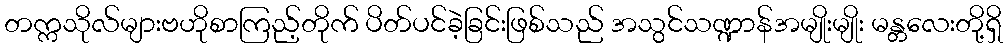
တက္ကသိုလ်များဗဟိုစာကြည့်တိုက် ပိတ်ပင်ခဲ့ခြင်းဖြစ်သည် အသွင်သဏ္ဍာန်အမျိုးမျိုး မန္တလေးတို့ရှိ